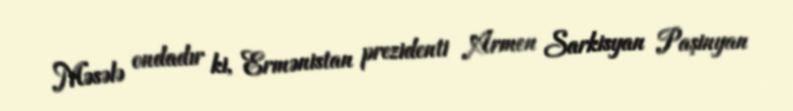
Məsələ ondadır ki, Ermənistan prezidenti Armen Sarkisyan Paşinyan